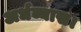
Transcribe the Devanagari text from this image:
अर्धव्यास।